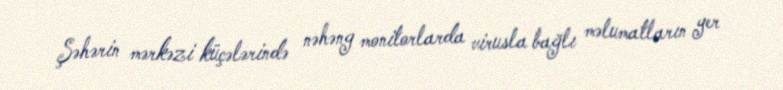
Şəhərin mərkəzi küçələrində nəhəng monitorlarda virusla bağlı məlumatların yer